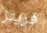
فريتز